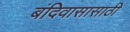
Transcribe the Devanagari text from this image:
बंदिवासासाठी